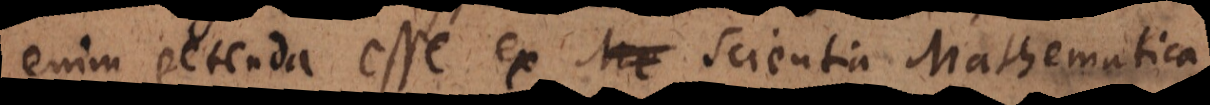
enim petenda esse ex Me Scientia Mathematica,